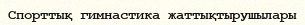
Спорттық гимнастика жаттықтырушылары